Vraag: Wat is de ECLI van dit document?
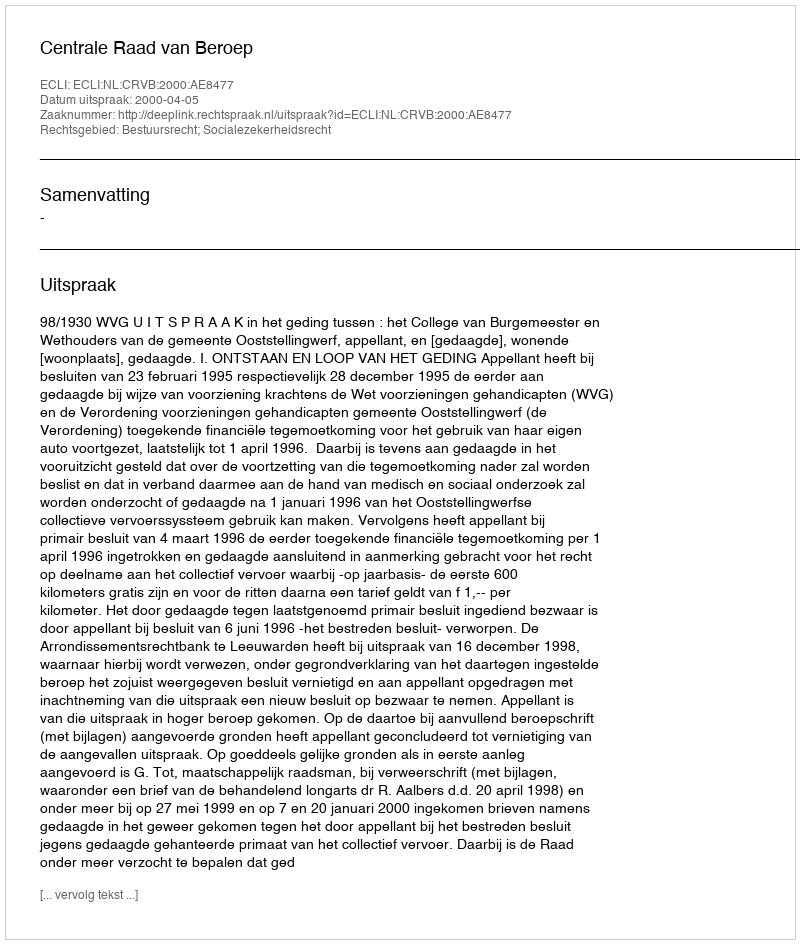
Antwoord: ECLI:NL:CRVB:2000:AE8477